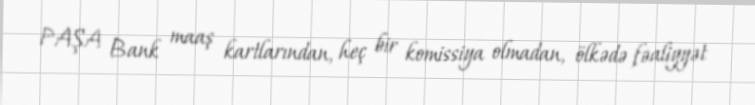
PAŞA Bank maaş kartlarından, heç bir komissiya olmadan, ölkədə fəaliyyət